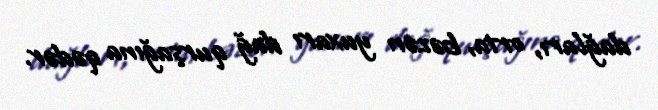
dağları, orta, bəzən yuxarı dağ qurşağına qədər.